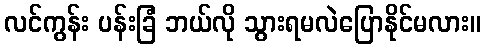
လင်ကွန်း ပန်းခြံ ဘယ်လို သွားရမလဲပြောနိုင်မလား။